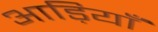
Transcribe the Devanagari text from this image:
आड़ियाँ